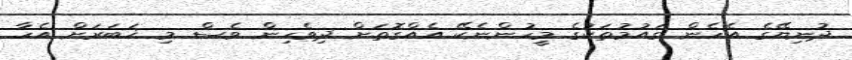
ދުނިޔޭގެ އެހެން ގައުމުތަކުގެ މީހުންނެކޭ އެއްގޮތަށް ދިވެހިން ވެސް މި ޚަބަރަށް އެހާ